Annual report on the working of the lock hospitals in the Central Provinces
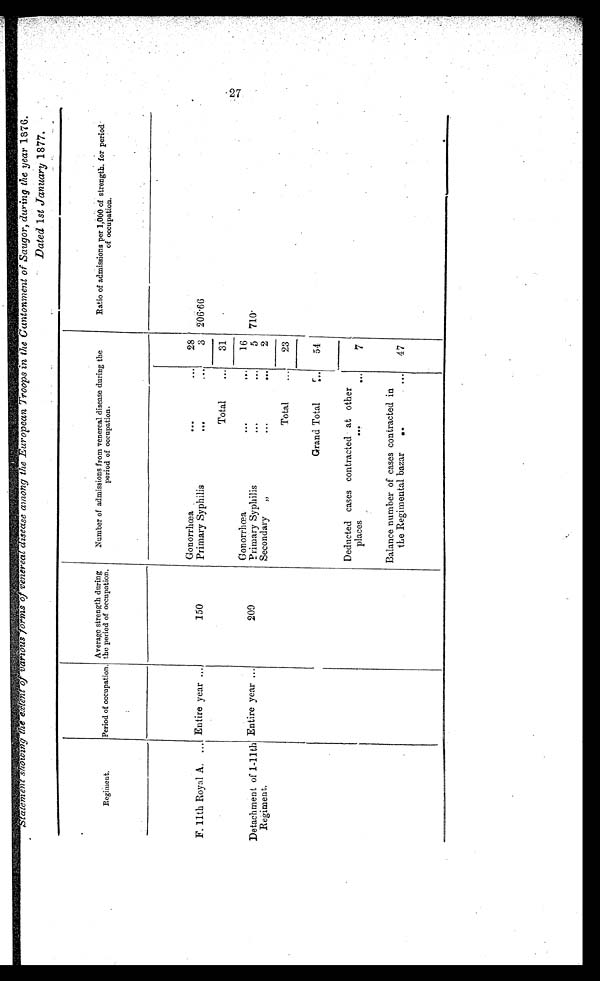
Statement showing the extent of various forms of venereal disease among the European Troops in the Cantonment of Saugor, during the year 1876.
Regiment.
Period of occupation.
Average strength during
the period of occupation.
Number of admissions from venereal disease during the
period of occupation.
Ratio of admissions per 1,000 of strength. for period
of occupation.
Gonorrhoea
...
. . . 28
F. 11th Royal A. ...
Entire year ...
150
206.66
Primary Syphilis
... ...
3
...
31
...Total . . .
Gonorrhœa
. . .
16
Detachment of 1-11th
Regiment.
Entire year ...
209
Primary Syphilis
...
. . .
5 710
Secondary „
...
. . .
2
Total ... 23
Grand Total
...
54
Deducted cases contracted at other
places
...
...
7
Balance number of cases contracted in
the Regimental bazar
...
...
47
27